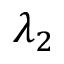
\lambda _ { 2 }